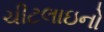
ચીટલાઇનો